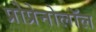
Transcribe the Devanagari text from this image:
प्रोप्रेनोलॉल